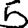
Digit: 5